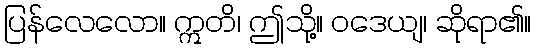
ပြန်လေလော။ ဣတိ၊ ဤသို့။ ဝဒေယျ၊ ဆိုရာ၏။